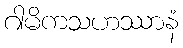
ဂါမိကသဟဿာနံ